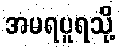
အမရပူရသို့